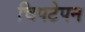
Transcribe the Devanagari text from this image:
चिपटेपन